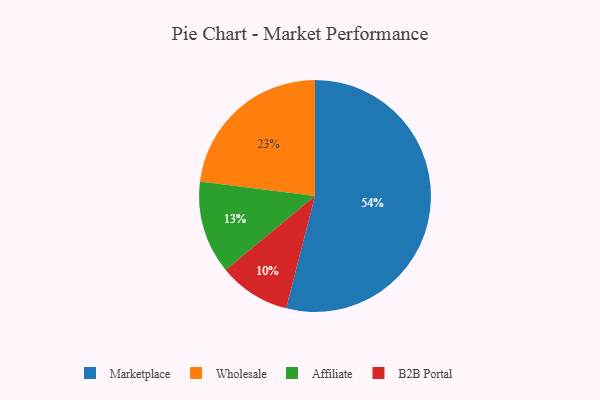
{"axis": {"x": "Category", "y": "Percentage"}, "legend": ["Affiliate", "B2B Portal", "Marketplace", "Wholesale"], "data": [{"x": "B2B Portal", "y": 10, "type": "B2B Portal"}, {"x": "Affiliate", "y": 13, "type": "Affiliate"}, {"x": "Marketplace", "y": 54, "type": "Marketplace"}, {"x": "Wholesale", "y": 23, "type": "Wholesale"}]}